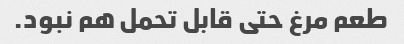
طعم مرغ حتی قابل تحمل هم نبود.